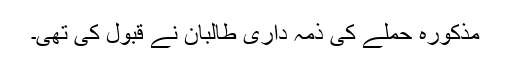
مذکورہ حملے کی ذمہ داری طالبان نے قبول کی تھی۔